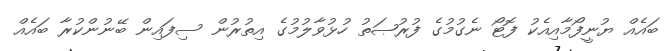
ބައެއް ޔުނީފޯމާއިއެކު ފޮޓޯ ނެގުމުގެ ފުރުޞަތު ހުޅުވާލުމުގެ އިތުރުން ސިފައިން ބޭނުންކުރާ ބައެއް